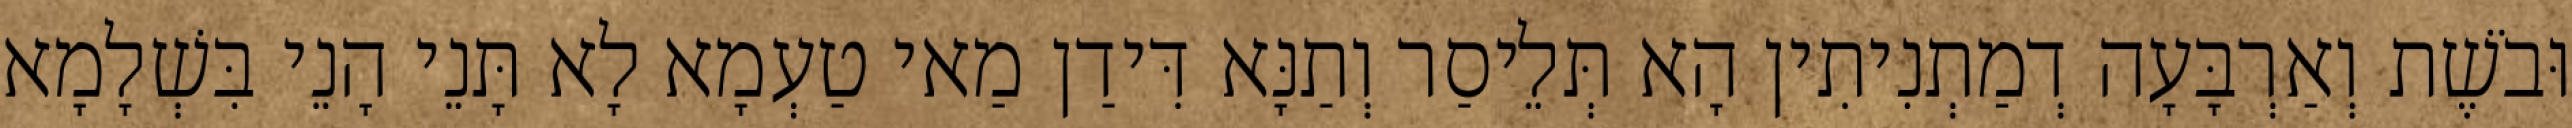
וּבֹשֶׁת וְאַרְבָּעָה דְמַתְנִיתִין הָא תְּלֵיסַר וְתַנָּא דִּידַן מַאי טַעְמָא לָא תָּנֵי הָנֵי בִּשְׁלָמָא